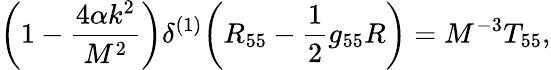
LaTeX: \bigg(1-\frac{4\alpha k^{2}}{M^{2}}\bigg)\delta^{(1)}\bigg(R_{55}-\frac{1}{2}g_{55}R\bigg)=M^{-3}T_{55},